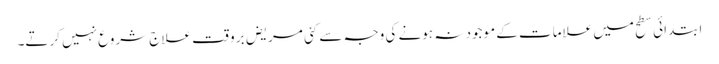
ابتدائی سطح میں علامات کے موجود نہ ہونے کی وجہ سے کئی مریض برو قت علاج شروع نہیں کرتے۔